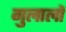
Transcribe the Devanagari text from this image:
गुलालों